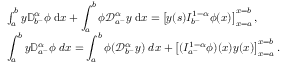
\begin{array} { l l l } & { \int _ { a } ^ { b } y { \mathbb D } _ { b ^ { - } } ^ { \alpha } \phi \; \mathrm { d } x + \displaystyle \int _ { a } ^ { b } \phi { \mathcal D } _ { a ^ { + } } ^ { \alpha } y \; \mathrm { d } x = \left[ y ( s ) I _ { b ^ { - } } ^ { 1 - \alpha } \phi ( x ) \right] _ { x = a } ^ { x = b } , } \\ & { \displaystyle \int _ { a } ^ { b } y { \mathbb D } _ { a ^ { + } } ^ { \alpha } \phi \; d x = \displaystyle \int _ { a } ^ { b } \phi ( { \mathcal D } _ { b ^ { - } } ^ { \alpha } y ) \; d x + \left[ ( I _ { a ^ { + } } ^ { 1 - \alpha } \phi ) ( x ) y ( x ) \right] _ { x = a } ^ { x = b } . } \end{array}